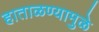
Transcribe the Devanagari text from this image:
हाताळण्यामुळे